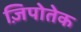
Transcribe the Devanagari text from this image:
ज़िपोतेक